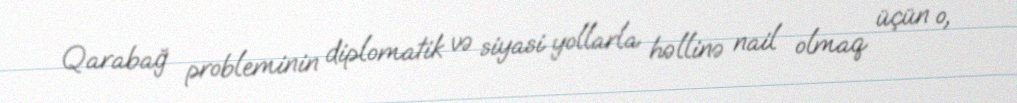
Qarabağ probleminin diplomatik və siyasi yollarla həllinə nail olmaq üçün o,